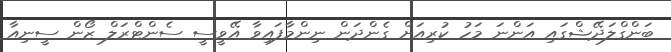
ބަންގްލަދޭޝްގައި އަންނަ މަހު ކުރިއަށް ގެންދަން ނިންމާފައިވާ އޭވީސީ ސެންޓްރަލް ޒޯން ސީނިއާ